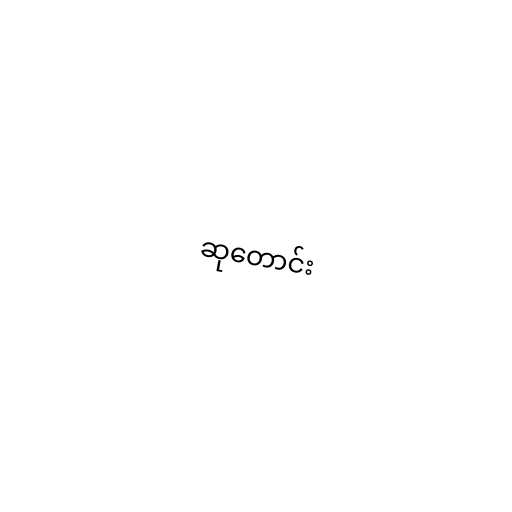
ဆုတောင်း